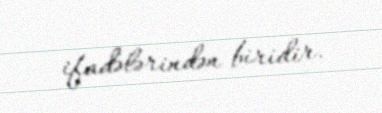
ifadələrindən biridir.